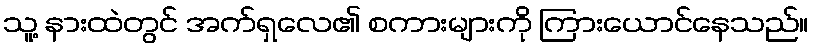
သူ့ နားထဲတွင် အက်ရှလေ၏ စကားများကို ကြားယောင်နေသည်။